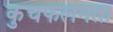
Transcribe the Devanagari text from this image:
कुचफलनता